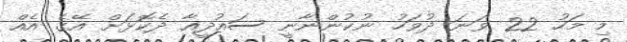
މި މަހު 22 ވަނަ ދުވަހު ނުކުންނާނީ ސައުދީއާ ދެކޮޅަށް އޭގެ އެއް